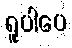
ရူပါပေ